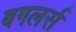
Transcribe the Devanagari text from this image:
बगलर्स